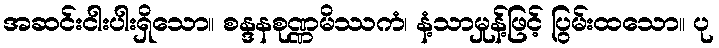
အဆင်းငါးပါးရှိသော။ စန္ဒနစုဏ္ဏမိဿကံ၊ နံ့သာမှုန့်ဖြင့် ပြွမ်းထသော။ ပု